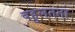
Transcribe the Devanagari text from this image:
बहुलतता